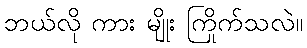
ဘယ်လို ကား မျိုး ကြိုက်သလဲ။